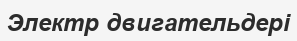
Электр двигательдері